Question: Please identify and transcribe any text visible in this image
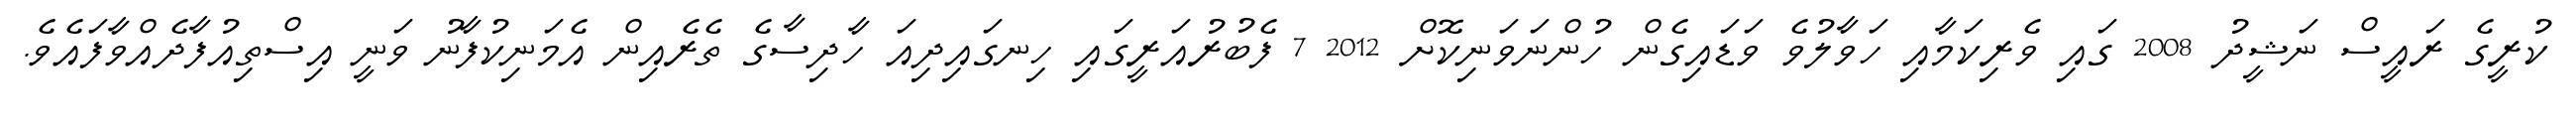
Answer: ކުރީގެ ރައީސް ނަޝީދު 2008 ގައި ވެރިކަމާއި ހަވާލުވެ ވަޑައިގެން ހުންނަވަނިކޮށް 2012 7 ފެބުރުއަރީގައި ހިނގައިދިއަ ހާދިސާގެ ތެރެއިން އެމަނިކުފާނު ވަނީ އިސްތިއުފާދެއްވާފައެވެ.